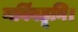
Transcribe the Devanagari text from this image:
मविंबहूनि।